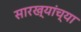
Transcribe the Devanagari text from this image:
सारख्यांच्या